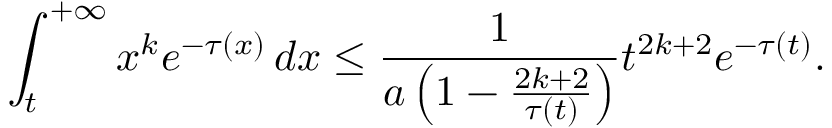
\int _ { t } ^ { + \infty } x ^ { k } e ^ { - \tau ( x ) } \, d x \leq \frac { 1 } { a \left( 1 - \frac { 2 k + 2 } { \tau ( t ) } \right) } t ^ { 2 k + 2 } e ^ { - \tau ( t ) } .